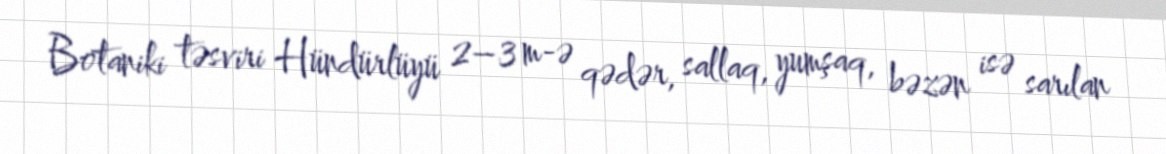
Botaniki təsviri Hündürlüyü 2–3 m-ə qədər, sallaq, yumşaq, bəzən isə sarılan